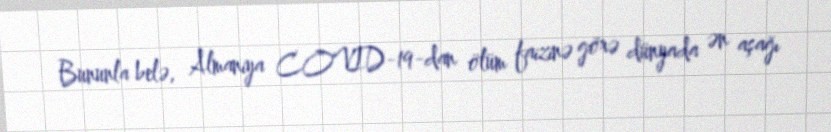
Bununla belə, Almaniya COVID-19-dan ölüm faizinə görə dünyada ən aşağı